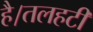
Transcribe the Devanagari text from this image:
है।तलहटी